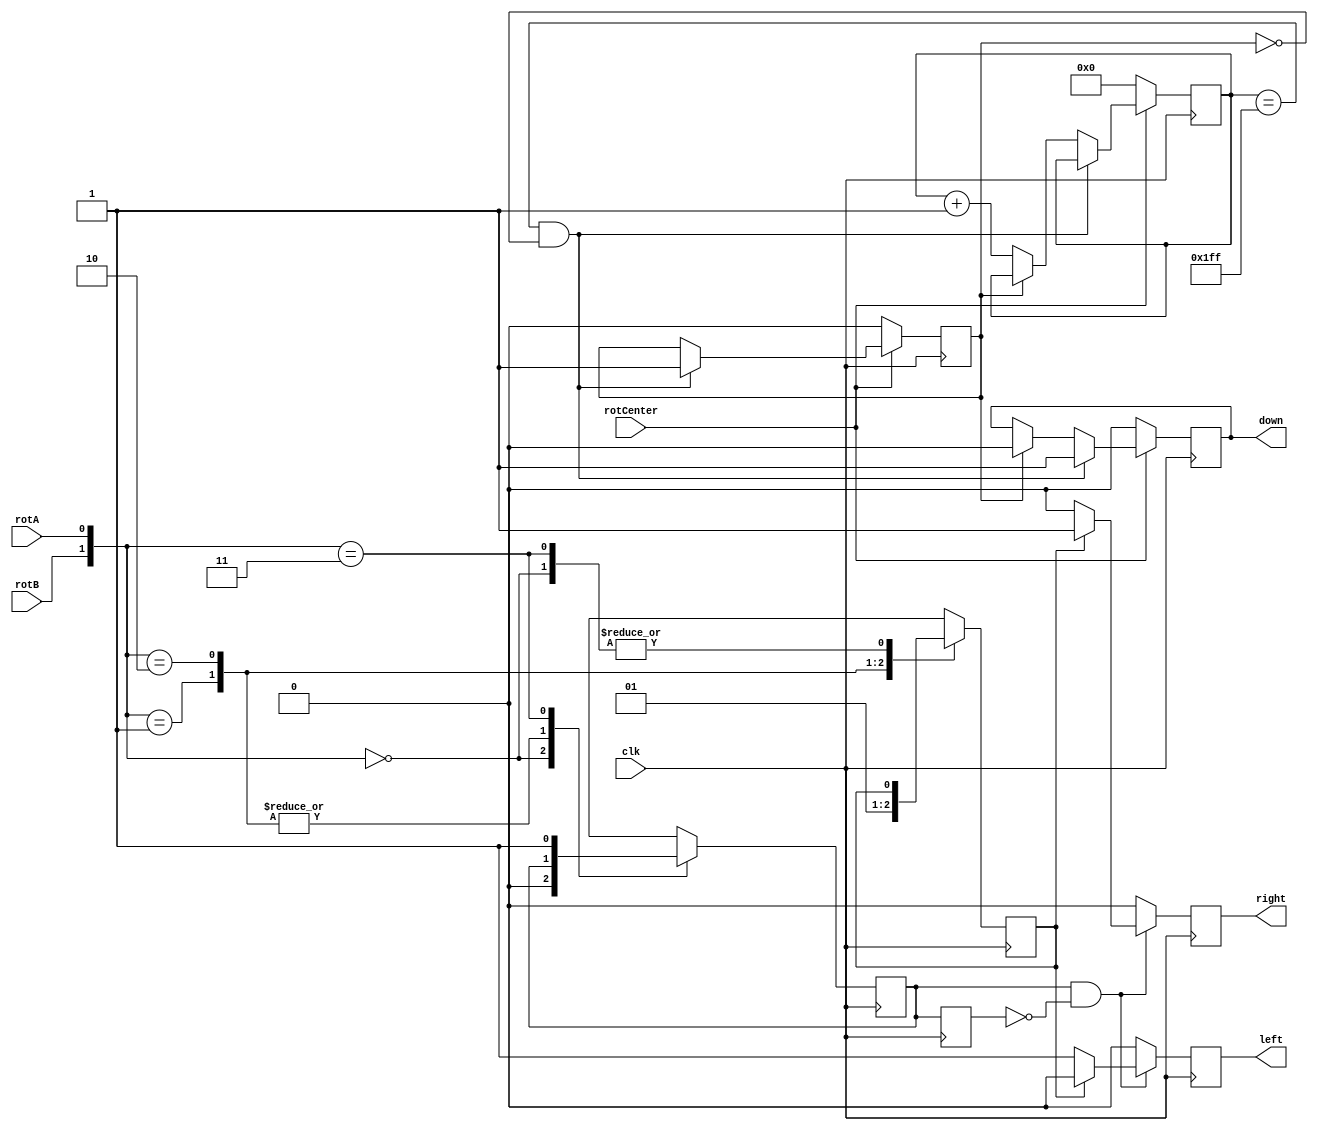
module RotaryButtonInterpret(
    input rotA,
    input rotB,
    input rotCenter,
	 input clk,
    output reg right,
    output reg left,
    output reg down
    );
	
	reg rotaryQ1, rotaryQ2, rotaryQ1Delay, downAck;
	reg [8:0] debounce; 
	
	initial begin
		rotaryQ1 = 1;
		rotaryQ2 = 0;
		rotaryQ1Delay = 1;
		debounce = 0;
	end
	
	always @(posedge clk) begin
		//Inputs when turning the knob according to the datasheet
		case ({rotB, rotA})
			2'b00: begin 
				rotaryQ1 <= 0; 
				rotaryQ2 <= rotaryQ2; 
			end
			2'b01: begin 
				rotaryQ1 <= rotaryQ1;
				rotaryQ2 <= 0;
			end
			2'b10: begin
				rotaryQ1 <= rotaryQ1;
				rotaryQ2 <= 1;
			end
			2'b11: begin
				rotaryQ1 <= 1;
				rotaryQ2 <= rotaryQ2;
			end
		endcase 
		
		rotaryQ1Delay <= rotaryQ1;
		//Interpretation of state machine according to datasheet
		if(rotaryQ1 == 1 && rotaryQ1Delay == 0) begin
			if(rotaryQ2 == 1) begin
				left <= 0;
				right <= 1;
			end
			else if(rotaryQ2 == 0) begin
				left <= 1;
				right<= 0;
			end
		end
		else begin //if(rotaryQ1 == 0) begin
			left <= 0;
			right <= 0;
		end
		
		//Debouncing for rotary button press
		if(rotCenter == 0) begin
			debounce <= 0;
			down <= 0;
			downAck <= 0;
		end
		else if(debounce == 9'hFFF && downAck == 0) begin
			down <= 1;
			downAck <= 1;
		end
		else if(downAck == 1)
			down <= 0;
		else
			debounce <= debounce + 1;
	end
endmodule